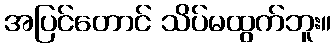
အပြင်တောင် သိပ်မထွက်ဘူး။